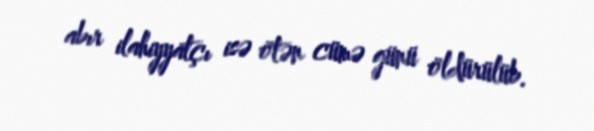
abır ilahiyyatçı isə ötən cümə günü öldürülüb.